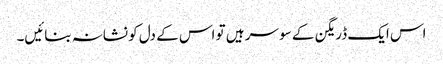
اس ایک ڈریگن کے سو سر ہیں تو اس کے دل کو نشانہ بنائیں۔